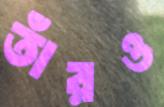
তাঁরও